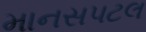
માનસપટલ